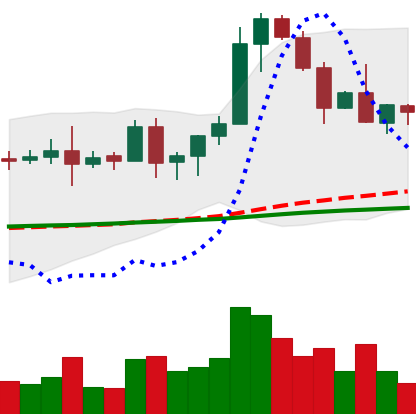
Ticker: EOS-USD
Chart end date: 2020-08-23
Forward return: -6.162%
Label: down_5_7